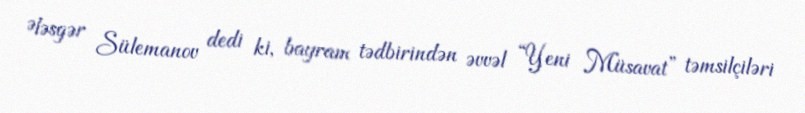
Ələsgər Sülemanov dedi ki, bayram tədbirindən əvvəl “Yeni Müsavat” təmsilçiləri